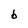
Character: b